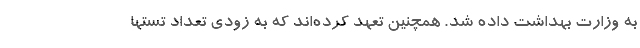
به وزارت بهداشت داده شد. همچنین تعهد کرده‌اند که به زودی تعداد تستها